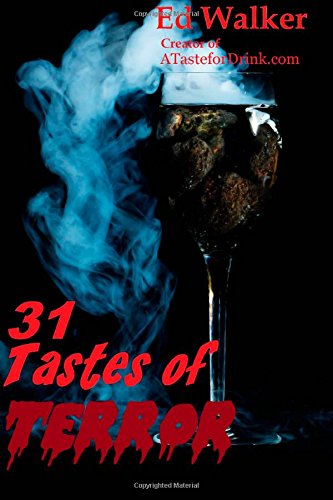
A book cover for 31 Tastes of Terror: Cocktails and Terrifying Tales to Count Down to Halloween; Ed Walker; Cookbooks, Food & Wine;